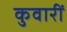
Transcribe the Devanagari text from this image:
कुवारीं